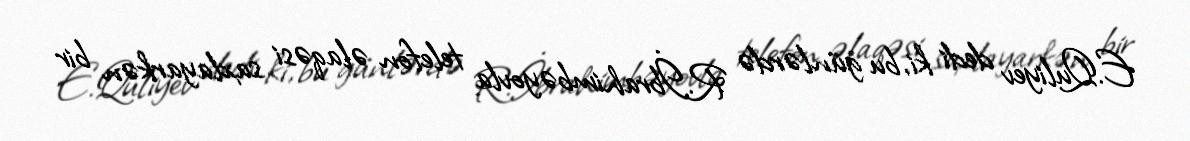
E.Quliyev dedi ki, bu günlərdə R.İbrahimbəyovla telefon əlaqəsi saxlayarkən bir